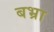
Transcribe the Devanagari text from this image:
बभ्रा